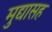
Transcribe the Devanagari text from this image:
मुद्यासह